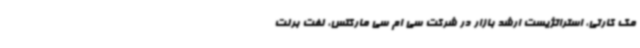
مک کارتی، استراتژیست ارشد بازار در شرکت سی ام سی مارکتس، نفت برنت